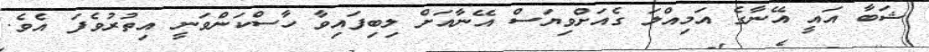
ޝަބާ އައީ އޭނާގެ އަމިއްލަ ގެއަށްވިޔަސް އޭނާއަށް ލިބިފައިވާ ހާސްކަންވަނީ އިތުރުވެފަ އެވެ.